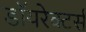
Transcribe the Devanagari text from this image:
डॉयरेक्टर्स